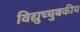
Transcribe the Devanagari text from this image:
विद्युच्चुबकीय